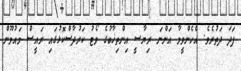
ފަދަ ދަތުރެވެ. އެހެންވީމާ އަންނަ ރިޔާސީ އިންތިޚާބުގެ ވޯޓު ކަރުދާސްކޮޅުގައި ރައީސް މައުމޫން